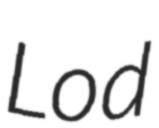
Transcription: Lod